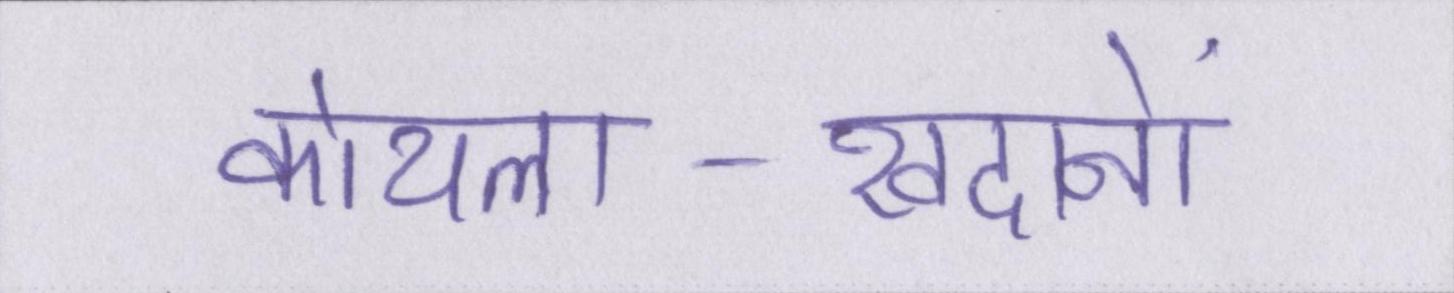
कोयला-खदानों